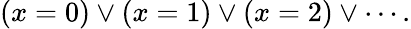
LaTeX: (x=0)\lor(x=1)\lor(x=2)\lor\cdots.